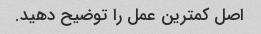
اصل کمترین عمل را توضیح دهید.